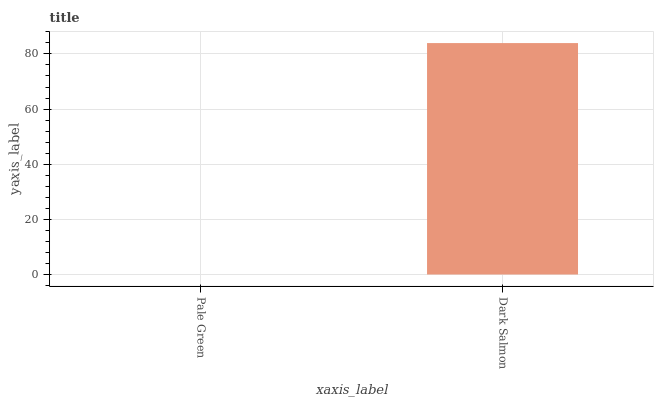
| xaxis_label | bars |
 | --- | --- |
 | Pale Green | 0 |
 | Dark Salmon | 83.9 |